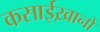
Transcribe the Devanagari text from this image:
कसाईख़ानों